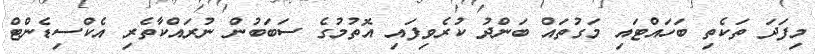
މިފަދަ ތަކެތި ބަހައްޓައި މަގުތައް ބަންދު ކުރެވިފައި އޮތުމުގެ ސަބަބުން ނުރައްކާތެރި އެކްސިޑެންޓް